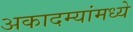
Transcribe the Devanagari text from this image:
अकादम्यांमध्ये